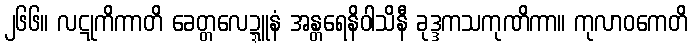
၂၆၆။ လဋုကိကာတိ ခေတ္တလေဍ္ဍူနံ အန္တရေနိဝါသိနီ ခုဒ္ဒကသကုဏိကာ။ ကုလာဝကေတိ